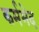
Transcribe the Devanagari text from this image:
कर्मभेद